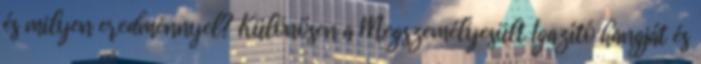
és milyen eredménnyel? Különösen a Megszemélyesült Igazító hangját és